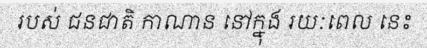
របស់ ជនជាតិ កាណាន នៅក្នុង រយៈពេល នេះ